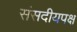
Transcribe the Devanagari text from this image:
संसदीयपक्ष